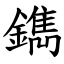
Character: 鐫